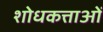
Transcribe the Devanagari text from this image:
शोधकत्ताओं